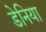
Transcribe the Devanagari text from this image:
डेनिया